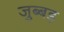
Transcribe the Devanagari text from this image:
जुब्बड़